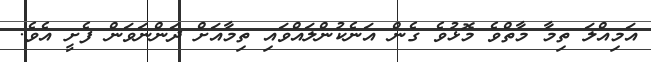
އަމިއްލަ ތިމާ މާތްވެ މޮޅުވެ ގެން އަނެކުންލައްވައި ތިމާއަށް ދަންނަވަން ފެށީ އެވެ.